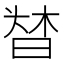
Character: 𣈌